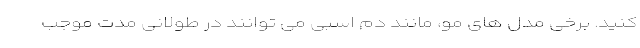
کنید. برخی مدل های مو، مانند دم اسبی می توانند در طولانی مدت موجب